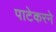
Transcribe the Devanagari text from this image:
पाटेकरने